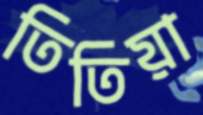
তিতিয়া